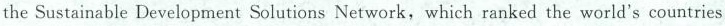
the Sustainable Development Solutions Network, which ranked the world's countries